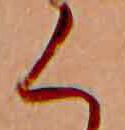
く